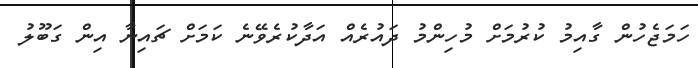
ހަމަޖެހުން ގާއިމު ކުރުމަށް މުހިންމު ދައުރެއް އަދާކުރެވޭނެ ކަމަށް ޗައިނާ އިން ގަބޫލު